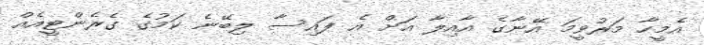
އެމީހާ މަރުވީމަ އޭނާގެ އާއިލާ އަށް އެ ފައިސާ ލިބޭނެ ކަމުގެ ގެރެންޓީއެއް